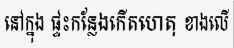
នៅក្នុង ផ្ទះកន្លែងកើតហេតុ ខាងលើ